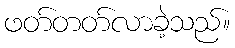
ဖတ်တတ်လာခဲ့သည်။